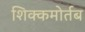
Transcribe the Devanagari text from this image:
शिक्कमोर्तब